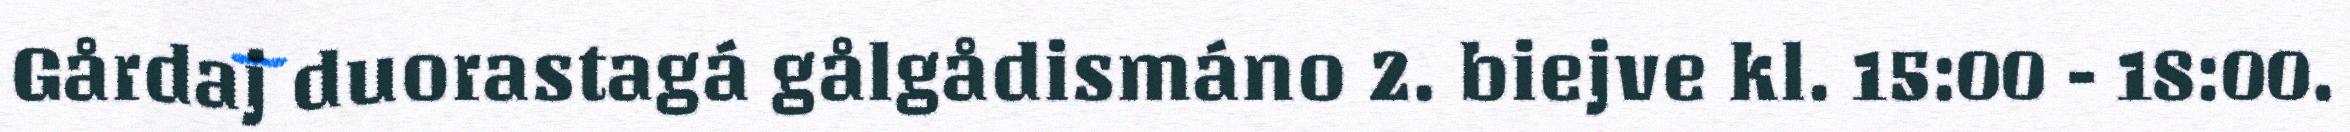
Gårdaj duorastagá gålgådismáno 2. biejve kl. 15:00 - 18:00.